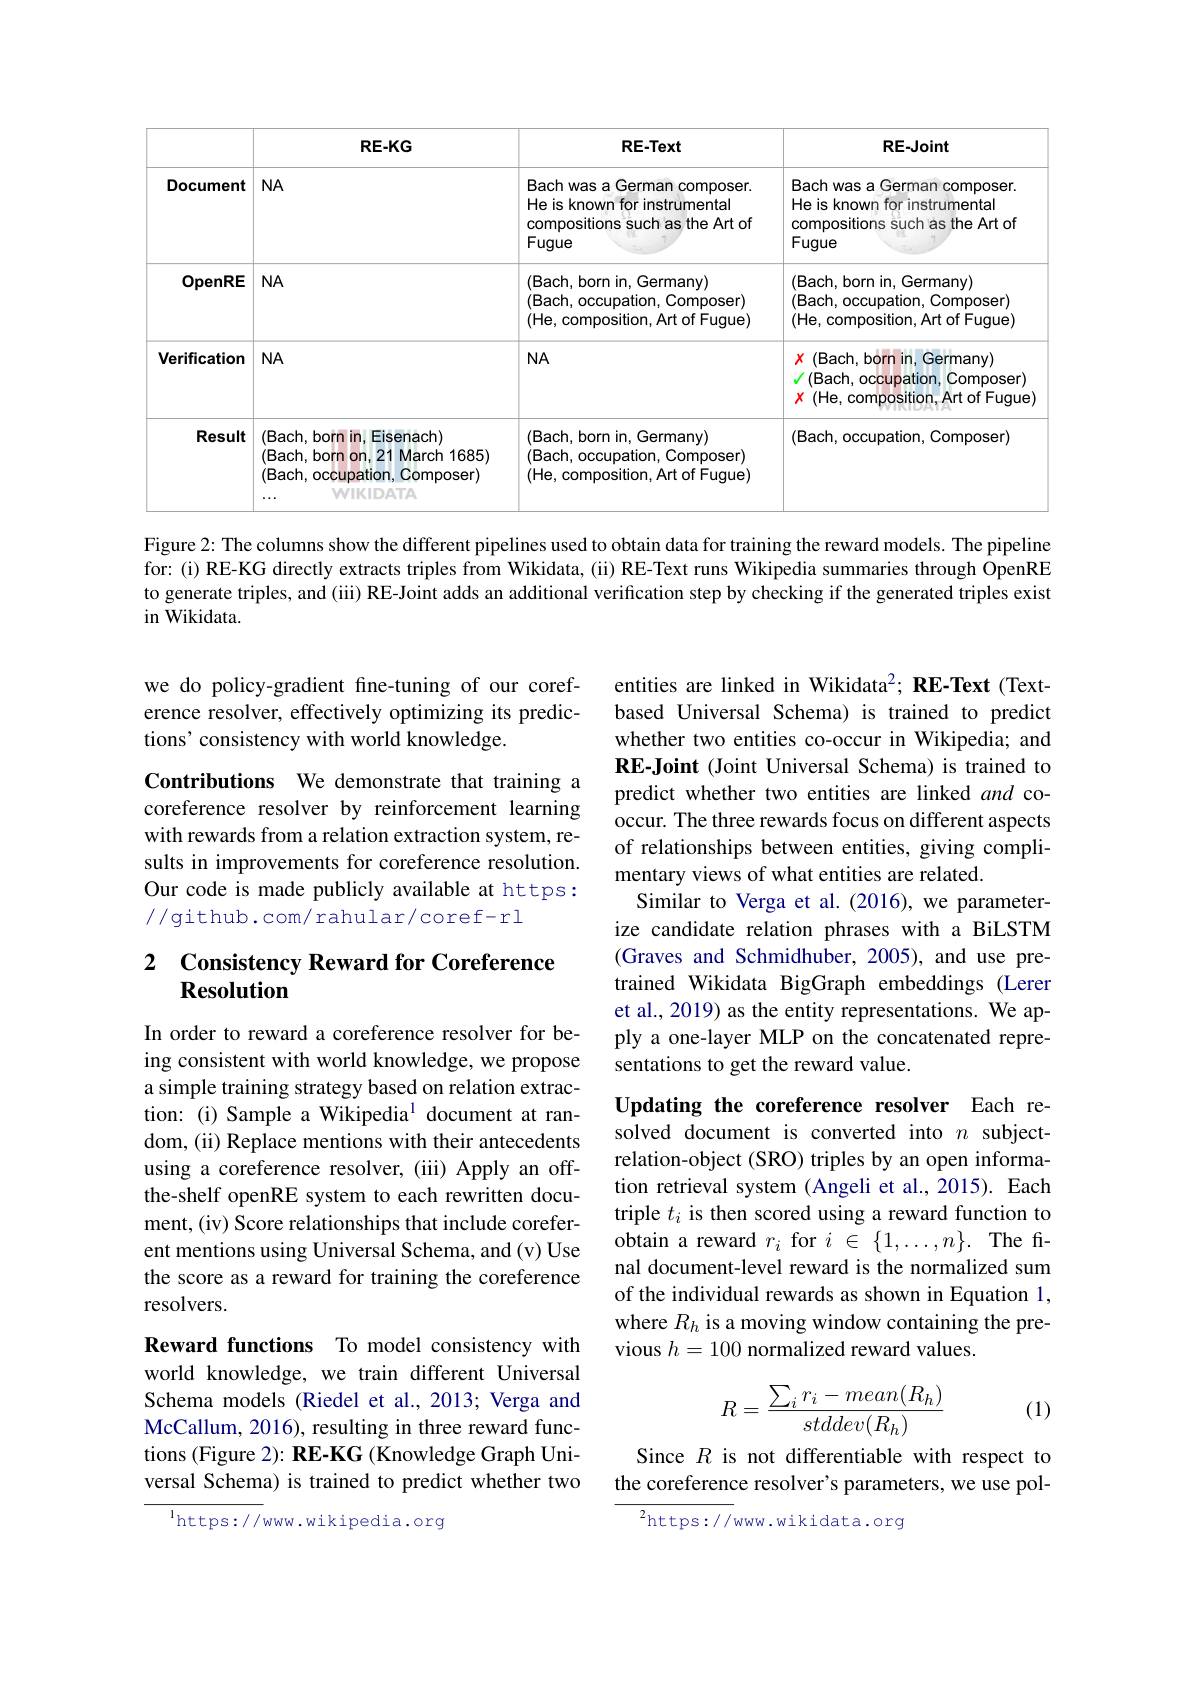
<table>
	<tbody>
		<tr>
			<th> </th>
			<th>RE-KG</th>
			<th>RE-Text</th>
			<th>RE-Joint</th>
		</tr>
		<tr>
			<td>Document</td>
			<td>$NA$</td>
			<td>Bach was a German composer. He is known for instrumental compositions such as the Art of 新 Fugue</td>
			<td>Bach was a German composer. He is known for instrumental compositions such as the Art of Fugue 201</td>
		</tr>
		<tr>
			<td>OpenRE</td>
			<td>$NA$</td>
			<td>(Bach,born in,Germany) (Bach, occupation, Composer) (He, composition, Art of Fugue)</td>
			<td>(Bach,born in,Germany) (Bach, occupation, Composer) (He, composition, Art of Fugue)</td>
		</tr>
		<tr>
			<td>Verification</td>
			<td>$NA$</td>
			<td>$NA$</td>
			<td>$X$ (Bach, born in, Germany) (Bach, occupation, Composer) $X$ (He, composition, Art of Fugue JATA</td>
		</tr>
		<tr>
			<td>Result</td>
			<td>(Bach, born in, Eisenach) (Bach, born on, 21 March 1685) (Bach, occupation, Composer) WIKIDATA</td>
			<td>(Bach,born in,Germany) (Bach, occupation, Composer) (He, composition, Art of Fugue)</td>
			<td>(Bach, occupation, Composer)</td>
		</tr>
	</tbody>
</table>

Figure 2: The columns show the different pipelines used to obtain data for training the reward models. The pipeline for: (i) RE-KG directly extracts triples from Wikidata, (ii) RE-Text runs Wikipedia summaries through OpenRE to generate triples, and (iii) RE-Joint adds an additional verification step by checking if the generated triples exist in Wikidata.

we do policy-gradient fine-tuning of our coreference resolver, effectively optimizing its predictions' consistency with world knowledge.

Contributions We demonstrate that training a coreference resolver by reinforcement learning with rewards from a relation extraction system, results in improvements for coreference resolution. Our code is made publicly available at https: //github.com/rahular/coref-rl

## 2 Consistency Reward for Coreference Resolution

In order to reward a coreference resolver for being consistent with world knowledge, we propose a simple training strategy based on relation extraction: (i) Sample a Wikipedia$^{1}$ document at random, (ii) Replace mentions with their antecedents using a coreference resolver, (iii) Apply an offthe-shelf openRE system to each rewritten document, (iv) Score relationships that include coreferent mentions using Universal Schema, and (v) Use the score as a reward for training the coreference resolvers.

Reward functions To model consistency with world knowledge, we train different Universal Schema models (Riedel et al., 2013; Verga and McCallum, 2016), resulting in three reward functions (Figure 2): RE-KG (Knowledge Graph Universal Schema) is trained to predict whether two

$^{\mathrm{l}}$https://www.wikipedia.org

entities are linked in Wikidata$^2; \textbf{RE- Text( Text- }$ based Universal Schema) is trained to predict whether two entities co-occur in Wikipedia; and RE-Joint (Joint Universal Schema) is trained to predict whether two entities are linked and cooccur. The three rewards focus on different aspects of relationships between entities, giving complimentary views of what entities are related.
Similar to Verga et al.(2016), we parameterize candidate relation phrases with a BiLSTM (Graves and Schmidhuber, 2005), and use pretrained Wikidata BigGraph embeddings (Lerer et al., 2019) as the entity representations. We apply a one-layer MLP on the concatenated representations to get the reward value.

Updating the coreference resolver Each resolved document is converted into $n$ subjectrelation-object (SRO) triples by an open information retrieval system (Angeli et al.,2015). Each triple $t_i$ is then scored using a reward function to obtain a reward $r_i$ for $i\in\{1,\ldots,n\}.$ The final document-level reward is the normalized sum of the individual rewards as shown in Equation 1, where $R_h$ is a moving window containing the previous $h=100$ normalized reward values.
$$R=\frac{\sum_ir_i-mean(R_h)}{stddev(R_h)}$$
(1)

Since $R$ is not differentiable with respect to the coreference resolver's parameters, we use pol-

${{^{2}\mathrm{https://}}}$www.wikidata.org